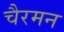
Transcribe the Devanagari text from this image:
चैरमन